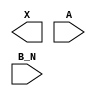
module sky130_fd_sc_hs__or2b (
    X  ,
    A  ,
    B_N
);

    output X  ;
    input  A  ;
    input  B_N;

    // Voltage supply signals
    supply1 VPWR;
    supply0 VGND;

endmodule